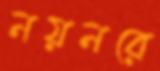
নয়নরে